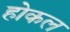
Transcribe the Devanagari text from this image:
होकल